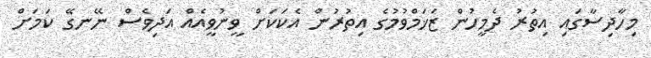
މިހާދިސާގައި އިތުރު ދެމީހުން ޒަޚަމްވުމުގެ އިތުރުން އެކަކަށް ވީނުވީއެއް އަދިވެސް ނޭނގޭ ކަމަށް